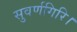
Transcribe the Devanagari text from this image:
सुवर्णगिरि।